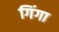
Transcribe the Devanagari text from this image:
गिंगा